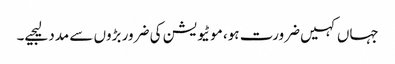
جہاں کہیں ضرورت ہو، موٹیویشن کی ضرور بڑوں سے مدد لیجیے۔